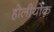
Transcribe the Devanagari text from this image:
होलीयोक